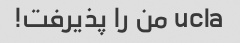
ucla من را پذیرفت!